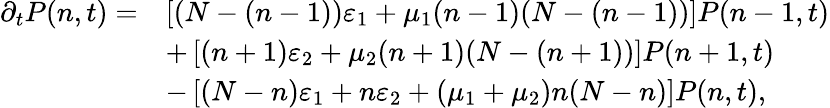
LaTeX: \begin{array}{rl}{\partial_{t}P(n,t)=}&{\left[(N-(n-1))\varepsilon_{1}+\mu_{1}(n-1)(N-(n-1))\right]P(n-1,t)}\\ &{+\left[(n+1)\varepsilon_{2}+\mu_{2}(n+1)(N-(n+1))\right]P(n+1,t)}\\ &{-\left[(N-n)\varepsilon_{1}+n\varepsilon_{2}+(\mu_{1}+\mu_{2})n(N-n)\right]P(n,t),}\end{array}